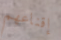
إقناعهم